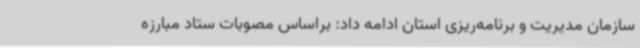
سازمان مدیریت و برنامه‌ریزی استان ادامه داد: براساس مصوبات ستاد مبارزه